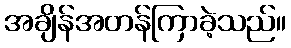
အချိန်အတန်ကြာခဲ့သည်။